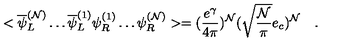
< \overline { { \psi } } _ { L } ^ { ( { \cal N } ) } \ldots \overline { { \psi } } _ { L } ^ { ( 1 ) } \psi _ { R } ^ { ( 1 ) } \ldots \psi _ { R } ^ { ( { \cal N } ) } > = ( \frac { e ^ { \gamma } } { 4 \pi } ) ^ { \cal N } ( \sqrt { \frac { \cal N } { \pi } } e _ { c } ) ^ { \cal N } \quad .